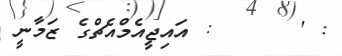
: '      : އައިޖީއެމްއެޗްގެ ޒަމާނީ